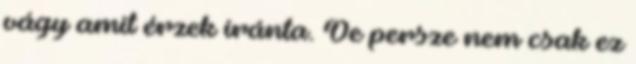
vágy amit érzek iránta. De persze nem csak ez